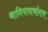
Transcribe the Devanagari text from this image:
थानियावार्थानाम